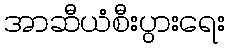
အာဆီယံစီးပွားရေး